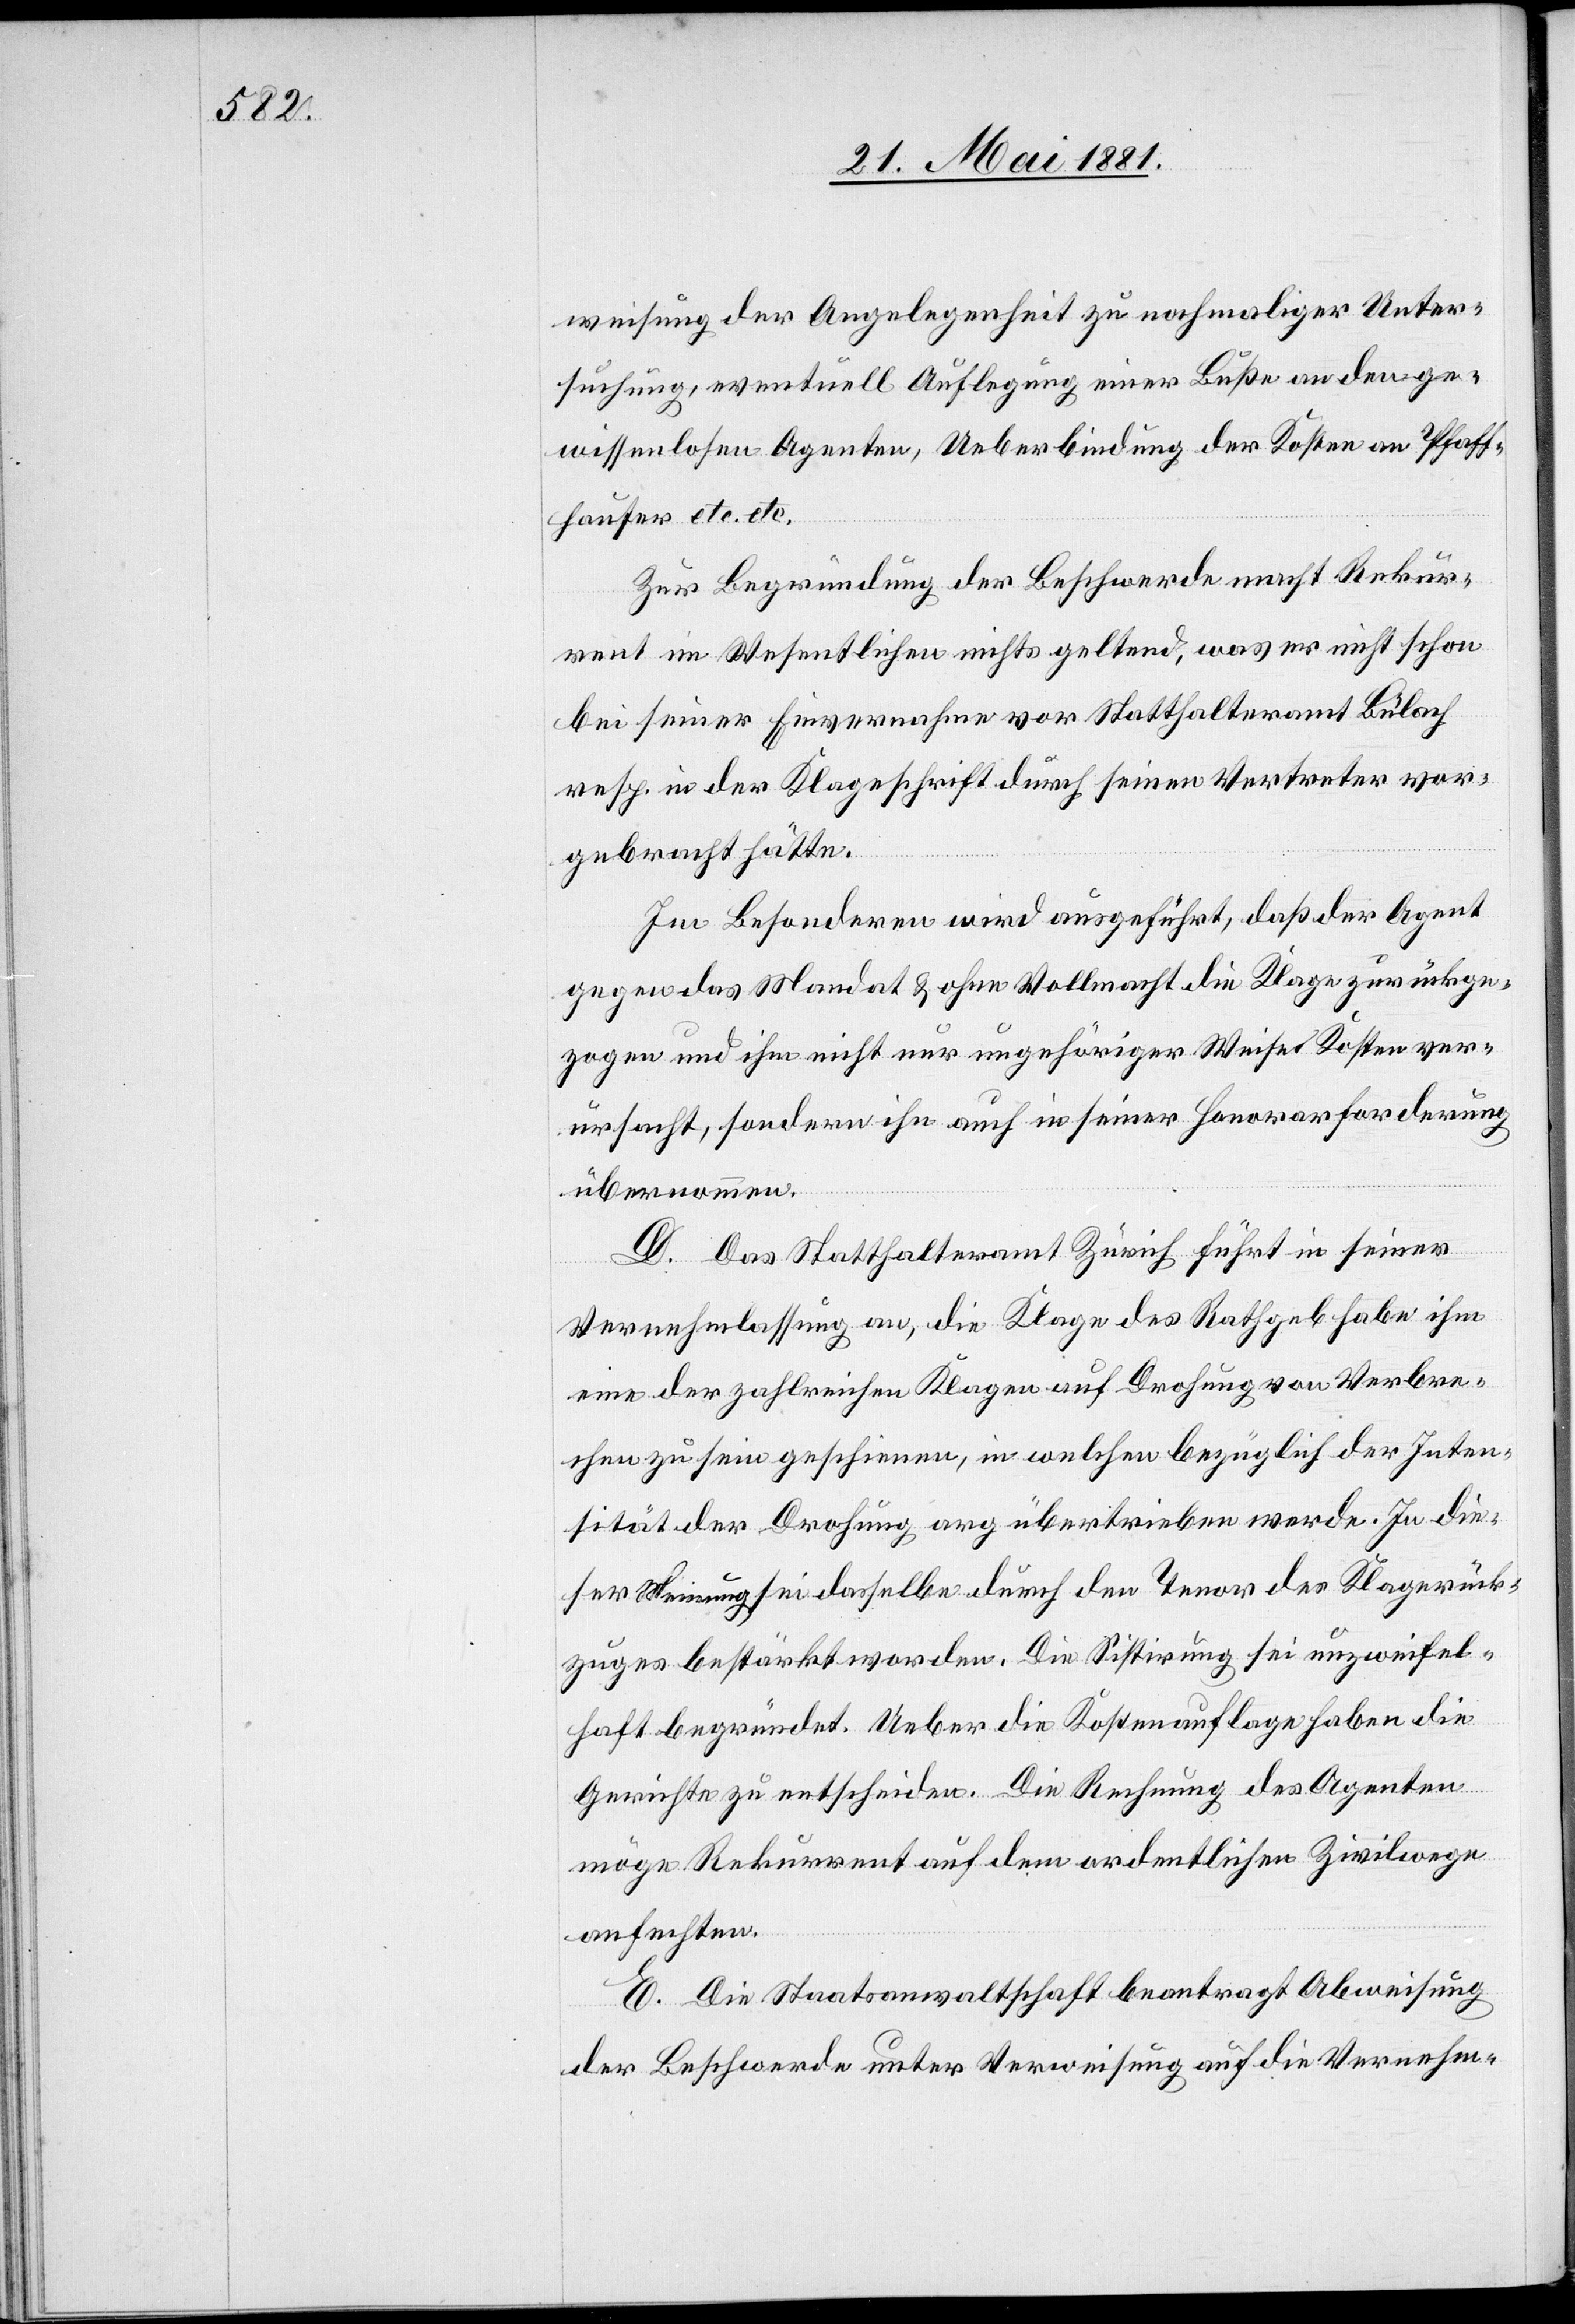
weisung der Angelegenheit zu nochmaliger Unter¬
suchung, eventuell Auflegung einer Buße an den ge¬
wissenlosen Agenten, Ueberbindung der Kosten an Pfaff¬
hauser etc. etc.
Zur Begründung der Beschwerde macht Rekur¬
rent im Wesentlichen nichts geltend, was er nicht schon
bei seiner Einvernahme vor Statthalteramt Bülach
resp. in der Klageschrift durch seinen Vertreter vor¬
gebracht hätte.
Im Besonderen wird ausgeführt, daß der Agent
gegen das Mandat & ohne Vollmacht die Klage zurückge¬
zogen und ihm nicht nur ungehöriger Weise Kosten ver¬
ursacht, sondern ihn auch in seiner Honorarforderung
übernommen.
D. Das Statthalteramt Zürich führt in seiner
Vernehmlassung an, die Klage des Rathgeb habe ihm
eine der zahlreichen Klagen auf Drohung von Verbre¬
chen zu sein geschienen, in welchen bezüglich der Inten¬
sität der Drohung arg übertrieben werde. In die¬
ser Meinung sei dasselbe durch den Tenor des Klagerück¬
zuges bestärkt worden. Die Sistirung sei unzweifel¬
haft begründet. Ueber die Kostenauflage haben die
Gerichte zu entscheiden. Die Rechnung des Agenten
möge Rekurrent auf dem ordentlichen Zivilwege
anfechten.
E. Die Staatsanwaltschaft beantragt Abweisung
der Beschwerde unter Verweisung auf die Vernehm-